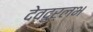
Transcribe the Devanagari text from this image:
देवदुर्लभ